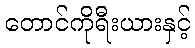
တောင်ကိုရီးယားနှင့်